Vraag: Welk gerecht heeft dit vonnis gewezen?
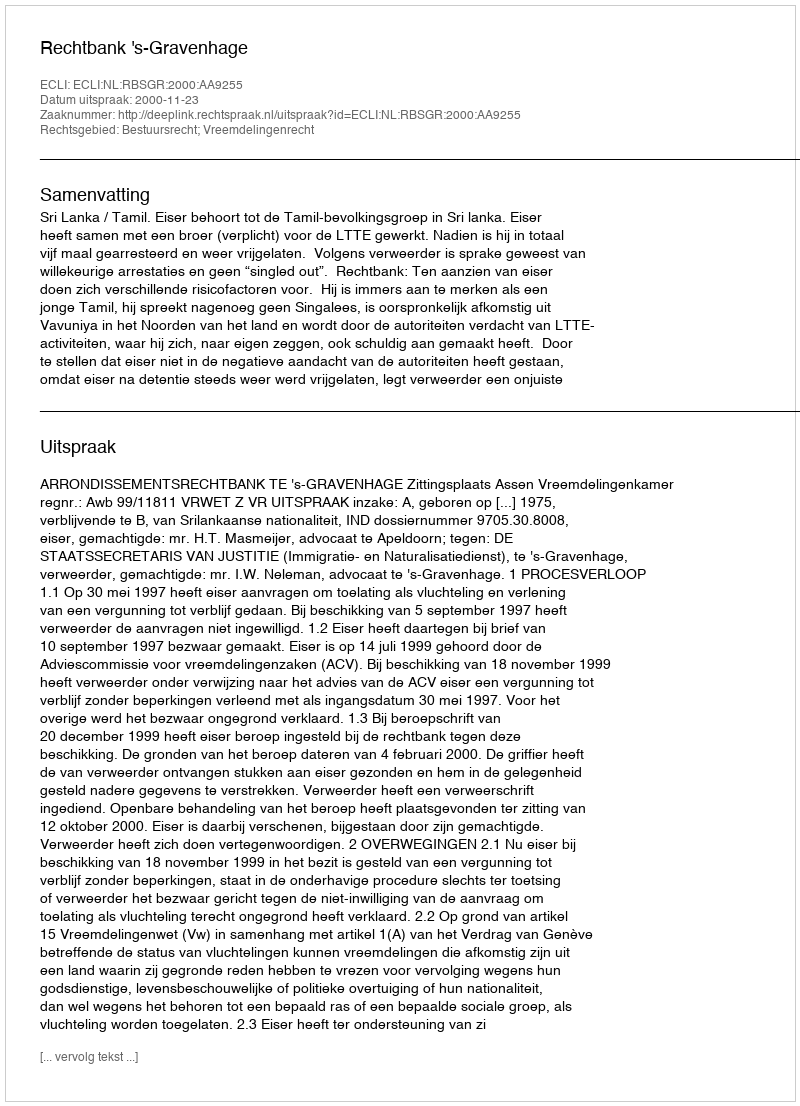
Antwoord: Rechtbank 's-Gravenhage